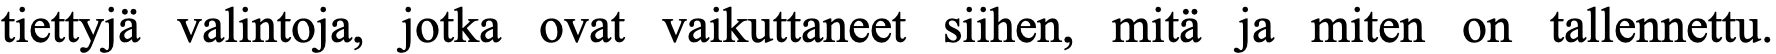
tiettyjä valintoja, jotka ovat vaikuttaneet siihen, mitä ja miten on tallennettu.